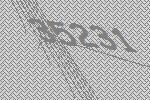
35231